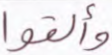
وألقوا